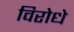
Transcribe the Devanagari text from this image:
विरोधे